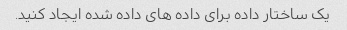
یک ساختار داده برای داده های داده شده ایجاد کنید.